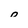
Character: 0